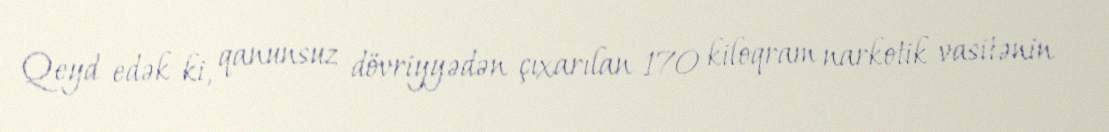
Qeyd edək ki, qanunsuz dövriyyədən çıxarılan 170 kiloqram narkotik vasitənin